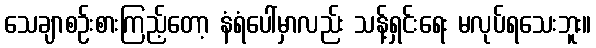
သေချာစဉ်းစားကြည့်တော့ နံရံပေါ်မှာလည်း သန့်ရှင်းရေး မလုပ်ရသေးဘူး။